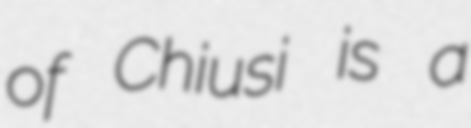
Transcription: of Chiusi is a